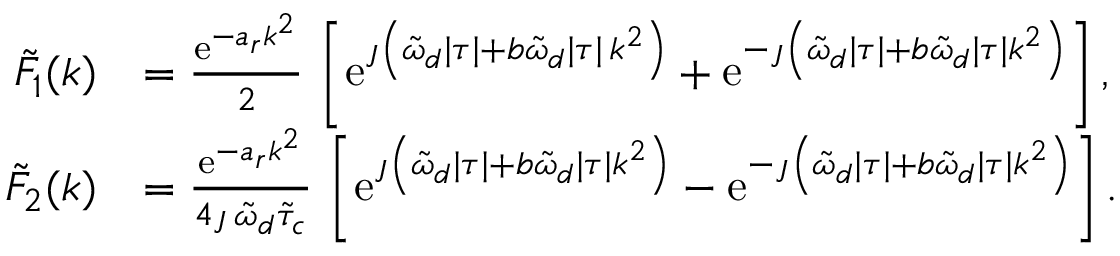
\begin{array} { r l } { \tilde { F } _ { 1 } ( k ) } & { = \frac { \mathrm { e } ^ { - a _ { r } k ^ { 2 } } } { 2 } \, \left[ \mathrm { e } ^ { \jmath \left( \tilde { \omega } _ { d } \lvert \tau \rvert + b \tilde { \omega } _ { d } \lvert \tau \rvert \, k ^ { 2 } \right) } + \mathrm { e } ^ { - \jmath \left( \tilde { \omega } _ { d } \lvert \tau \rvert + b \tilde { \omega } _ { d } \lvert \tau \rvert k ^ { 2 } \right) } \right] , } \\ { \tilde { F } _ { 2 } ( k ) } & { = \frac { \mathrm { e } ^ { - a _ { r } k ^ { 2 } } } { 4 \jmath \, \tilde { \omega } _ { d } \tilde { \tau } _ { c } } \, \left[ \mathrm { e } ^ { \jmath \left( \tilde { \omega } _ { d } \lvert \tau \rvert + b \tilde { \omega } _ { d } \lvert \tau \rvert k ^ { 2 } \right) } - \mathrm { e } ^ { - \jmath \left( \tilde { \omega } _ { d } \lvert \tau \rvert + b \tilde { \omega } _ { d } \lvert \tau \rvert k ^ { 2 } \right) } \right] . } \end{array}